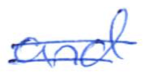
Text: and
Cross-out: double-line
Writing tool: ballpoint